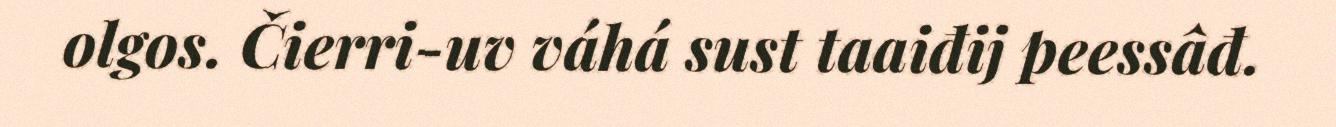
olgos. Čierri-uv váhá sust taaiđij peessâđ.